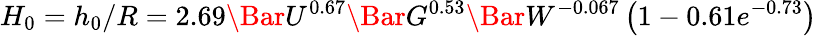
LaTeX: H_{0}={h_{0}}/{R}=2.69\Bar{U}^{0.67}\Bar{G}^{0.53}\Bar{W}^{-0.067}\left(1-0.61e^{-0.73}\right)